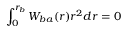
\int _ { 0 } ^ { r _ { b } } W _ { b a } ( r ) r ^ { 2 } d r = 0